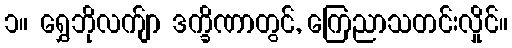
၁။ ရွှေဘိုလက်ျာ ဒက္ခိဏာတွင်, ကြေညာသတင်းလှိုင်။